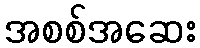
အစစ်အဆေး